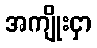
အကျိုးငှာ